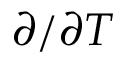
\partial / \partial T